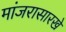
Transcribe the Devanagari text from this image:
मांजरासारखे